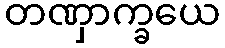
တဏှာက္ခယေ